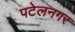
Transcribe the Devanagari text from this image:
पटेलनगर